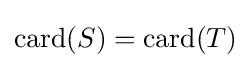
{\text{card}}(S)={\text{card}}(T)